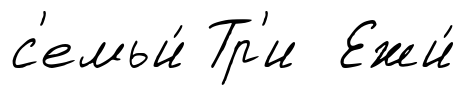
с'емьи́ Тр'и Ежи́